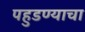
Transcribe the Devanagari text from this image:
पहुडण्याचा